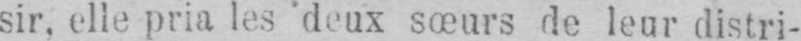
sir, elle pria les deux sœurs le leur distri-